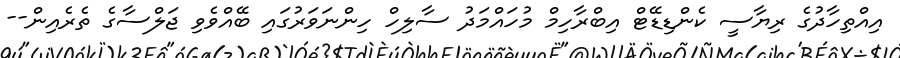
އިއްތިހާދުގެ ރިޔާސީ ކެންޑިޑޭޓް އިބްރާހިމް މުހައްމަދު ސާލިހް ހިންނަވަރުގައި ބޭއްވެވި ޖަލްސާގެ ތެރެއިން--